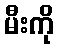
မီးကို